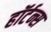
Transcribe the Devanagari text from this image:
हॉर्टन्स